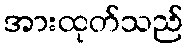
အားထုတ်သည်